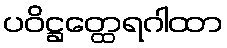
ပဝိဋ္ဌတ္ထေရဂါထာ